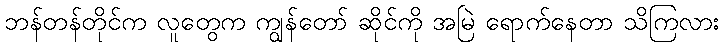
ဘန်တန်တိုင်က လူတွေက ကျွန်တော် ဆိုင်ကို အမြဲ ရောက်နေတာ သိကြလား